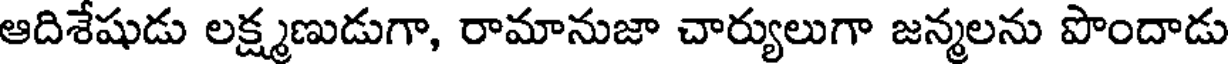
ఆదిశేషుడు లక్ష్మణుడుగా, రామానుజా చార్యులుగా జన్మలను పొందాడు